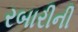
રબારીની